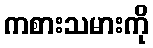
ကစားသမားကို